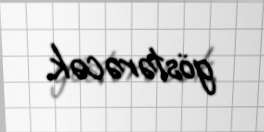
göstərəcək.